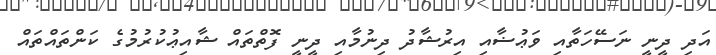
އަދި ދީނީ ނަސޭހަތާއި ވަޢުޟާއި އިރުޝާދު ދިނުމާއި ދީނީ ފޮތްތައް ޝާއިޢުކުރުމުގެ ކަންތައްތައް